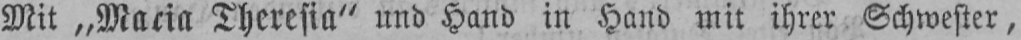
Mit „Maria Theresia“ und Hand in Hand mit ihrer Schwester,